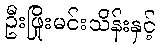
ဦးဖြိုးမင်းသိန်းနှင့်